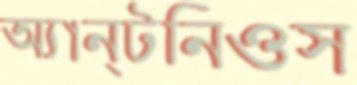
অ্যান্টনিওস